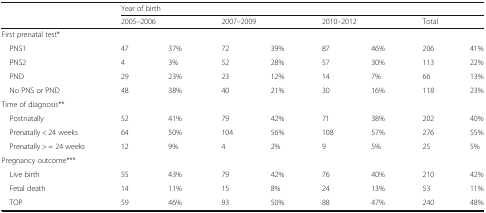
| <ROWSPAN=2>  | <COLSPAN=8> Year of birth |
 | <COLSPAN=2> 2005–2006 | <COLSPAN=2> 2007–2009 | <COLSPAN=2> 2010–2012 | <COLSPAN=2> Total |
 | --- | --- | --- | --- | --- | --- | --- | --- | --- |
 | <COLSPAN=9> First prenatal test* |
 | PNS1 | 47 | 37% | 72 | 39% | 87 | 46% | 206 | 41% |
 | PNS2 | 4 | 3% | 52 | 28% | 57 | 30% | 113 | 22% |
 | PND | 29 | 23% | 23 | 12% | 14 | 7% | 66 | 13% |
 | No PNS or PND | 48 | 38% | 40 | 21% | 30 | 16% | 118 | 23% |
 | <COLSPAN=9> Time of diagnosis** |
 | Postnatally | 52 | 41% | 79 | 42% | 71 | 38% | 202 | 40% |
 | Prenatally < 24 weeks | 64 | 50% | 104 | 56% | 108 | 57% | 276 | 55% |
 | Prenatally > = 24 weeks | 12 | 9% | 4 | 2% | 9 | 5% | 25 | 5% |
 | <COLSPAN=9> Pregnancy outcome*** |
 | Live birth | 55 | 43% | 79 | 42% | 76 | 40% | 210 | 42% |
 | Fetal death | 14 | 11% | 15 | 8% | 24 | 13% | 53 | 11% |
 | TOP | 59 | 46% | 93 | 50% | 88 | 47% | 240 | 48% |